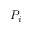
P _ { i }